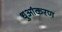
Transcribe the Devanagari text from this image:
धुआंकरण